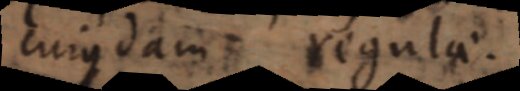
cujusdam regulae.